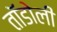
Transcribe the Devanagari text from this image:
तॉडोली